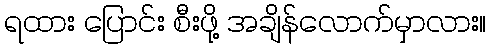
ရထား ပြောင်း စီးဖို့ အချိန်လောက်မှာလား။